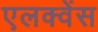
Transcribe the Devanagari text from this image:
एलक्वेंस